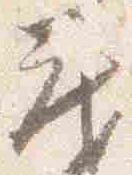
蔵